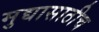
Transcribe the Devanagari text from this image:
मुद्यासाठीच